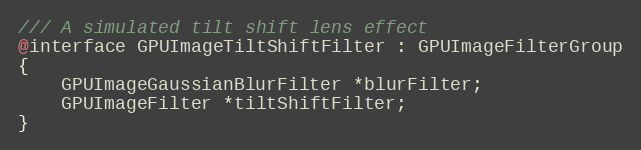
Language: C
/// A simulated tilt shift lens effect
@interface GPUImageTiltShiftFilter : GPUImageFilterGroup
{
    GPUImageGaussianBlurFilter *blurFilter;
    GPUImageFilter *tiltShiftFilter;
}